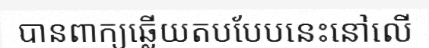
បានពាក្យឆ្លើយតបបែបនេះនៅលើ